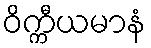
ဝိက္ကီယမာနံ